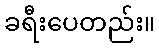
ခရီးပေတည်း။